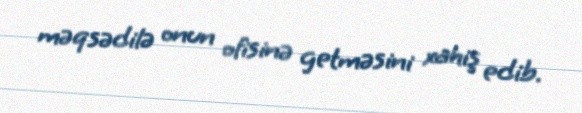
məqsədilə onun ofisinə getməsini xahiş edib.